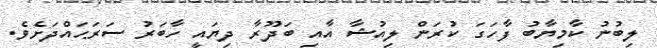
ލިބުނު ކާމިޔާބު ފާހަގަ ކުރަން ލިއުޝާ އާއި ބަދޫރާ ދިޔައީ ހާބަރު ސަރަޙައްދަށެވެ.